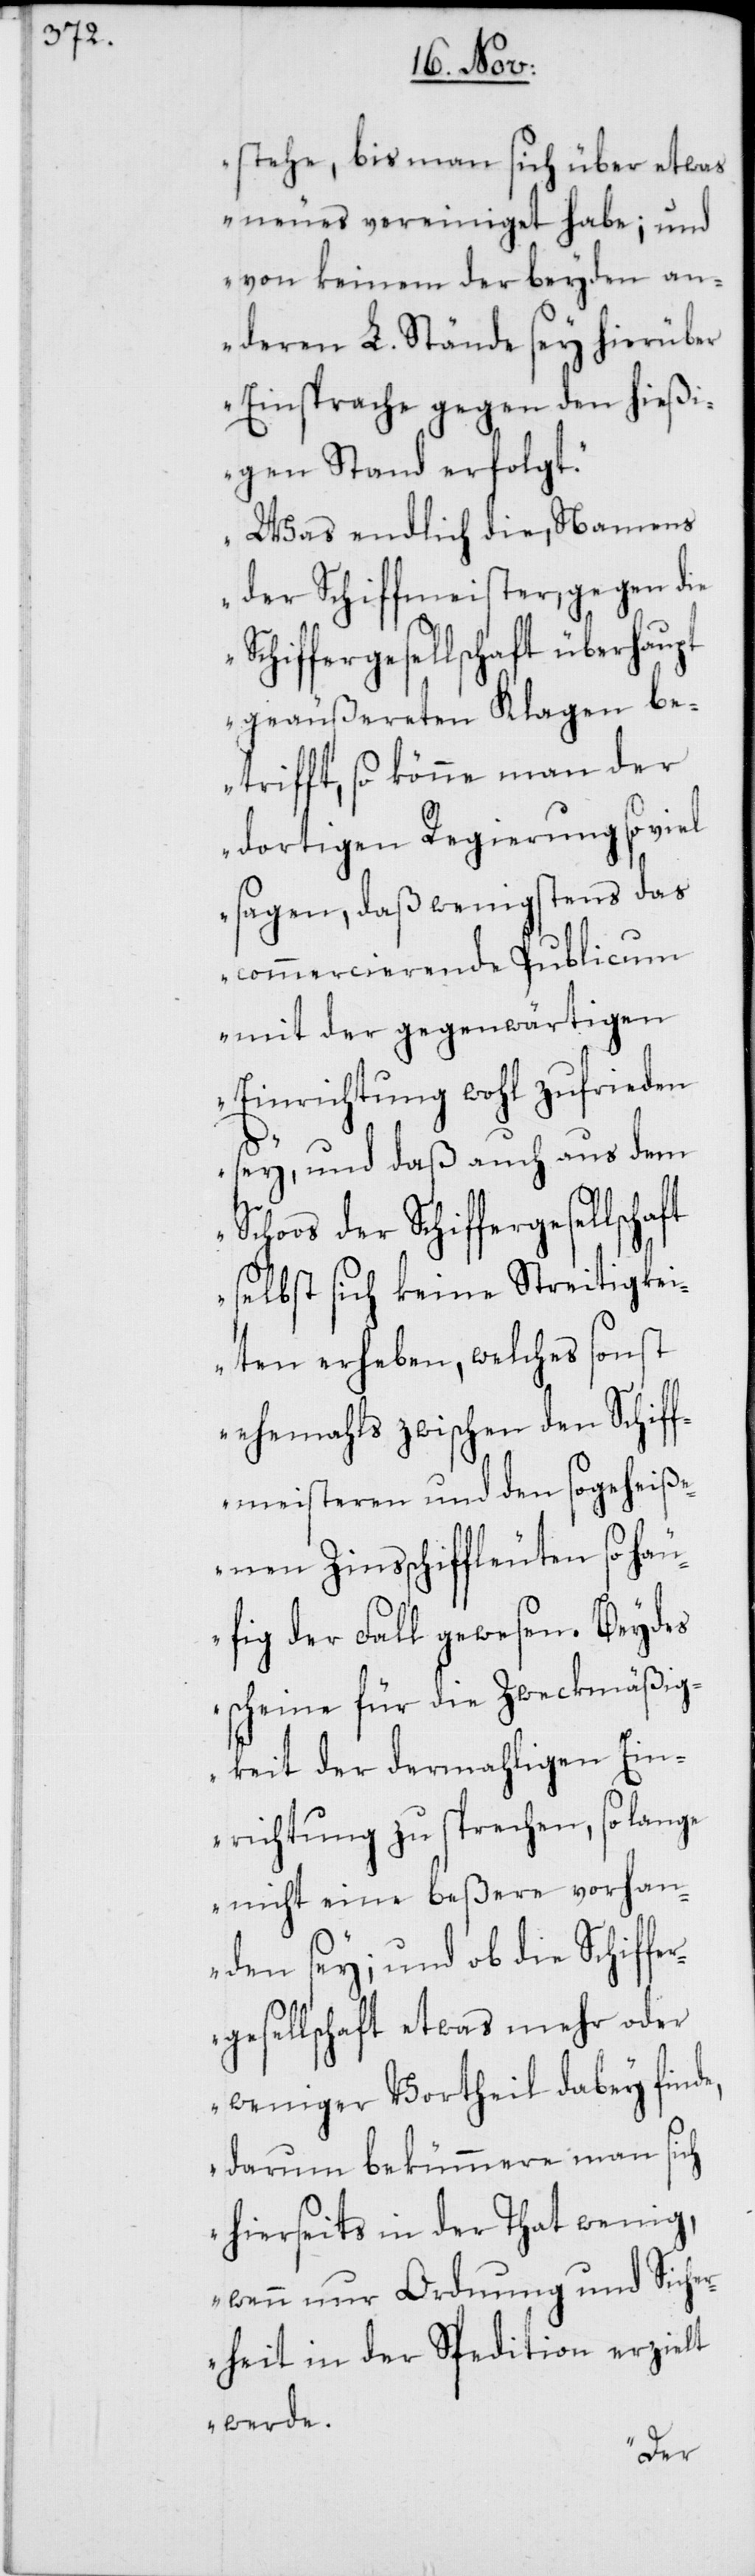
stehe, bis man sich über etwas
neues vereiniget habe; und
von keinem der beyden an¬
deren L. Stände sey hierüber
Einsprache gegen den hießi¬
gen Stand erfolgt.
Was endlich die, Namens
der Schiffmeister, gegen die
Schiffergesellschaft überhau¬
pt geäußereten Klagen be¬
trifft, so könne man der
dortigen Regierung so viel
sagen, daß wenigstens das
commercierende Publicum
mit der gegenwärtigen
Einrichtung wohl zufrieden
sey, und daß auch aus dem
selbst sich keine Streitigkei¬
ten erheben, welches sonst
ehemahls zwischen den Schiff¬
meisteren und den sogeheiß¬
enen Zinsschiffleuten so häu¬
fig der Fall gewesen. Beydes
scheine für die Zweckmäßig¬
keit der dermahligen Ein¬
richtung zu sprechen, so lange
nicht eine beßere vorhan¬
den sey; und ob die Schiffe¬
rgesellschaft etwas mehr oder
weniger Vortheil dabey finde,
darum bekümmere man sich
hierseits in der That wenig,
wenn nur Ordnung und Siche¬
rheit in der Spedition erzielt
werde.
der